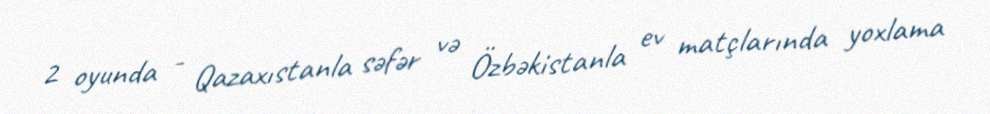
2 oyunda - Qazaxıstanla səfər və Özbəkistanla ev matçlarında yoxlama